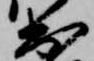
出